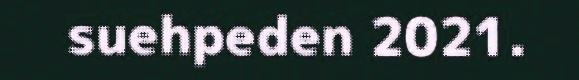
suehpeden 2021.